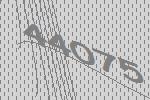
44075